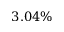
3 . 0 4 \%